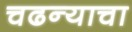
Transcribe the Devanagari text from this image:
चढन्याचा